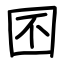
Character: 囨